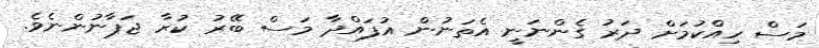
މަސް ހިއްކުމަށް ދަރު ގެންނަނީ އެތަނުން އުފައްދާ މަސް ބޭރު ކުރާ ޖަޕާނުންނެވެ.